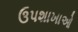
ઉપશાખાઓ